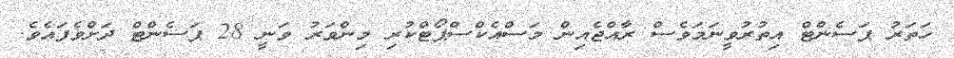
ހަތަރު ޕަސެންޓް އިތުރުވީނަމަވެސް ރާއްޖެއިން މަސްއެކްސްޕޯޓްކުރި މިންވަރު ވަނީ 28 ޕަސެންޓް ދަށްވެފައެވެ.